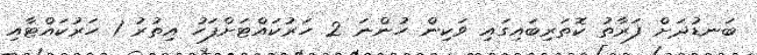
ބަނޑުދަށް ފަރާތު ކޮތަރިބައިގައި ވަކިން ހުންނަ 2 ހަރުކައްޓަށްފަހު އިތުރު 1 ހަރުކައްޓާއި